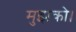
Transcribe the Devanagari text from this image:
मुझको।